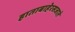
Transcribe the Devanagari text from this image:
हाताबाहेरसजाते